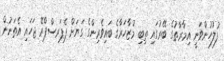
ފުލުހުންވަނީ އިމާރާތުގެ ބޭރުގައި ތިބި މުޒާހަރާގެ ބައިވެރިންގެ ގަޔަށް ޕެޕަރސްޕްރޭ ޖަހައި އެތަނުން